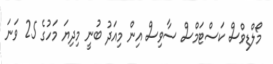
މޯލްޑިވްސް ކަސްޓަމްސް ސާވިސް އިން މިއަދު ބުނީ މިދިޔަ މަހުގެ 25 ވަނަ